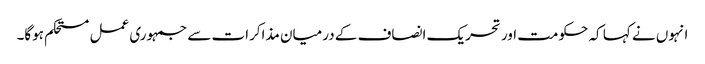
انہوں نے کہا کہ حکومت اور تحریک انصاف کے درمیان مذاکرات سے جمہوری عمل مستحکم ہوگا۔